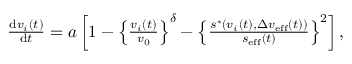
\begin{array} { r } { \frac { \mathrm { d } v _ { i } ( t ) } { \mathrm { d } t } = a \left[ 1 - \left\{ \frac { v _ { i } ( t ) } { v _ { 0 } } \right\} ^ { \delta } - \left\{ \frac { s ^ { \ast } \left( v _ { i } ( t ) , \Delta v _ { \mathrm { e f f } } ( t ) \right) } { s _ { \mathrm { e f f } } ( t ) } \right\} ^ { 2 } \right] , } \end{array}